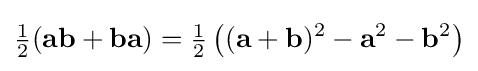
{\tfrac {1}{2}}(\mathbf {ab} +\mathbf {ba} )={\tfrac {1}{2}}\left((\mathbf {a} +\mathbf {b} )^{2}-\mathbf {a} ^{2}-\mathbf {b} ^{2}\right)